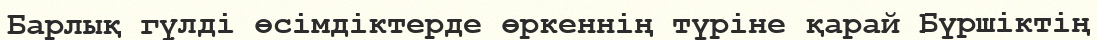
Барлық гүлді өсімдіктерде өркеннің түріне қарай Бүршіктің